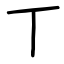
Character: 丅